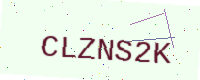
Text: CLZNS2K